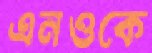
এনওকে